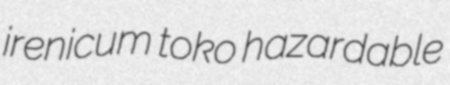
irenicum toko hazardable